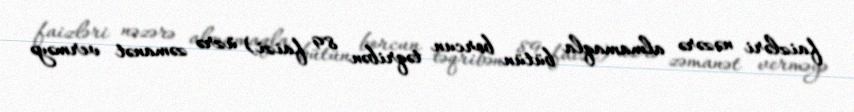
faizləri nəzərə almamaqla bütün borcun təqribən 89 faizi) üzrə zəmanət verməyə